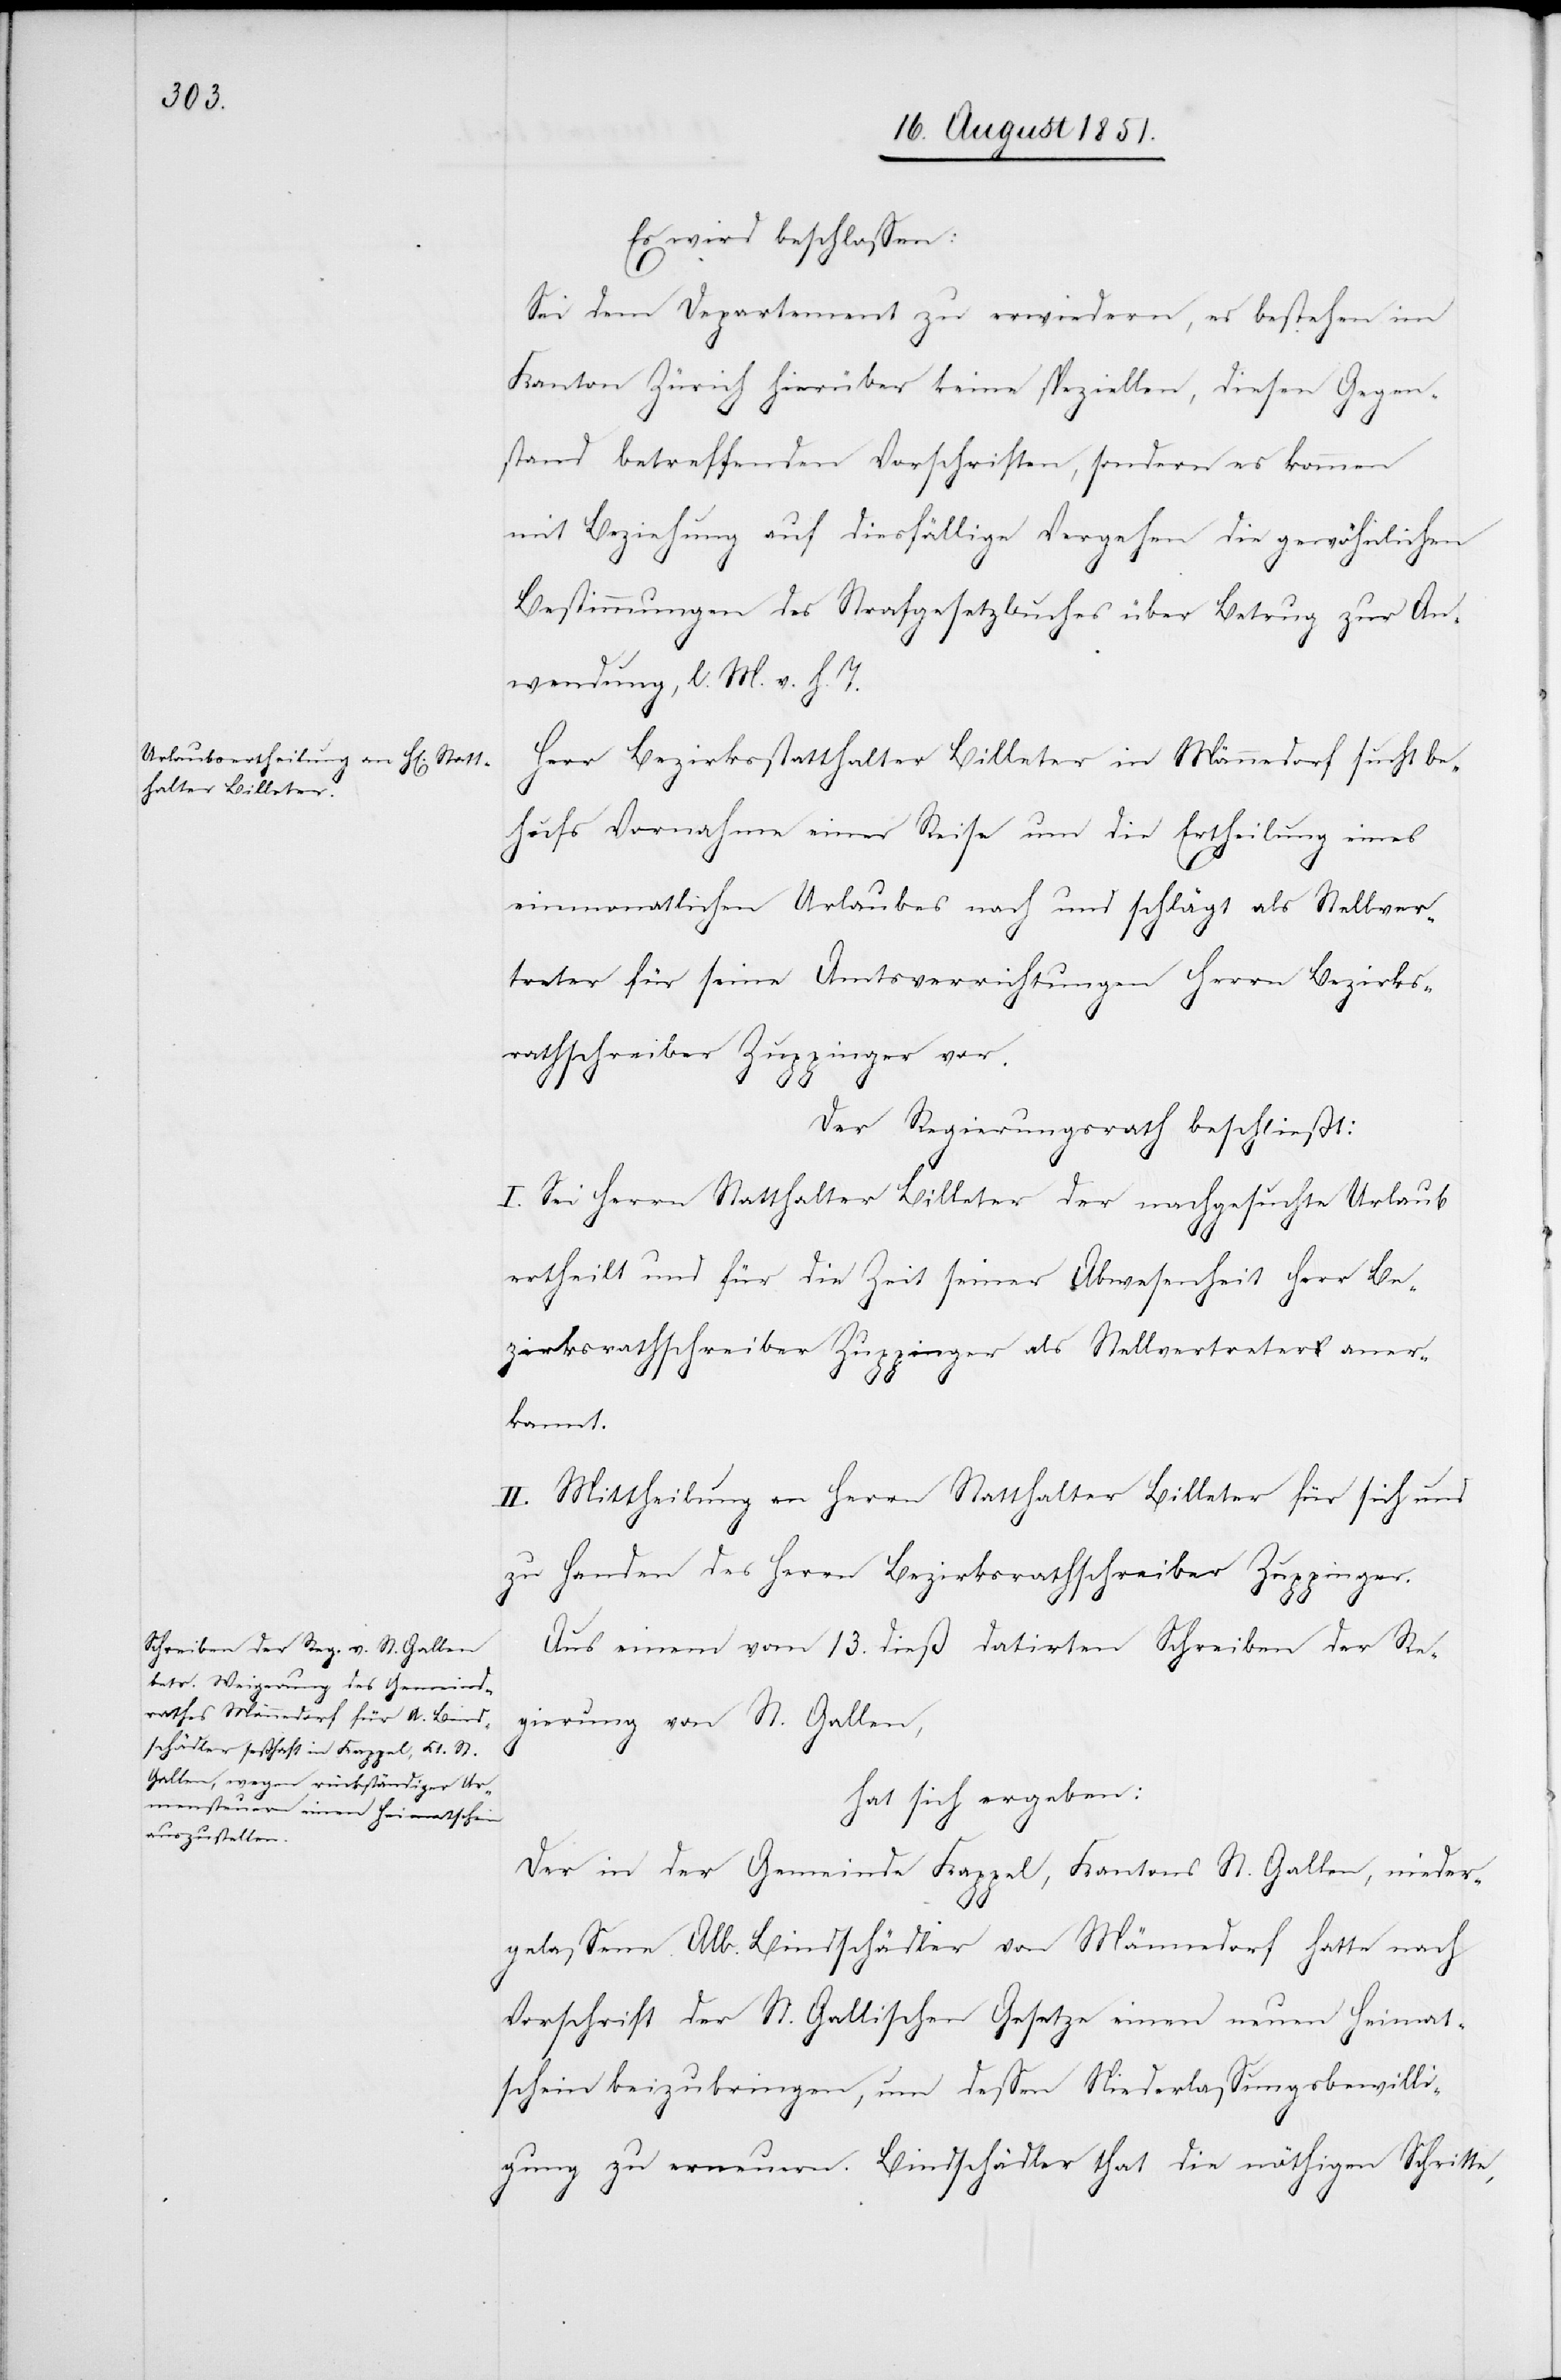
Es wird beschlossen:
Sei dem Departement zu erwiedern, es bestehen im
Kanton Zürich hierüber keine speziellen, diesen Gegen¬
stand betreffenden Vorschriften, sondern es kommen
mit Beziehung auf diesfällige Vergehen die gewöhnlichen
Bestimmungen des Strafgesetzbuches über Betrug zur An¬
wendung, l. M. v. h. T.
Herr Bezirksstatthalter Billeter in Männedorf sucht be¬
hufs Vornahme einer Reise um die Ertheilung eines
einmonatlichen Urlaubes nach und schlägt als Stellver¬
treter für seine Amtsverrichtungen Herrn Bezirks¬
rathschreiber Zuppinger vor.
Der Regierungsrath beschließt:
I. Sei Herrn Statthalter Billeter der nachgesuchte Urlaub
ertheilt und für die Zeit seiner Abwesenheit Herr Be¬
zirksrathschreiber Zuppinger als Stellvertreter aner¬
kannt.
II. Mittheilung an Herrn Statthalter Billeter für sich und
zu Handen des Herrn Bezirksrathschreiber Zuppinger.
Aus einem vom 13. dieß datirten Schreiben der Re¬
gierung von St. Gallen,
hat sich ergeben:
Der in der Gemeinde Kappel, Kantons St. Gallen, nieder¬
gelassene Alb. Bindschädler von Männedorf hatte nach
Vorschrift der St. Gallischen Gesetze einen neuen Heimat¬
schein beizubringen, um dessen Niederlassungsbewilli¬
gung zu erneuern. Bindschädler that die nöthigen Schritte,